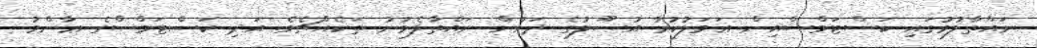
ނައްތާލުމުގައި ކަސްޓަމްސްއިން ޢަމަލުކުރާ އުޞޫލުގެ ދަށުން ނައްތާލެވުނު ތަކެއްޗެވެ. އަދި ކަސްޓަމްސްގެ ޢާންމު